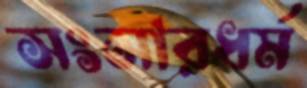
সংসারধর্ম